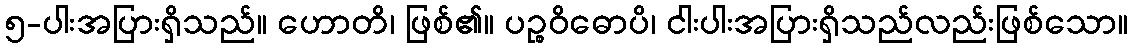
၅-ပါးအပြားရှိသည်။ ဟောတိ၊ ဖြစ်၏။ ပဉ္စဝိဓောပိ၊ ငါးပါးအပြားရှိသည်လည်းဖြစ်သော။